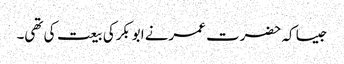
جیسا کہ حضرت عمرنے ابوبکرکی بیعت کی تھی۔